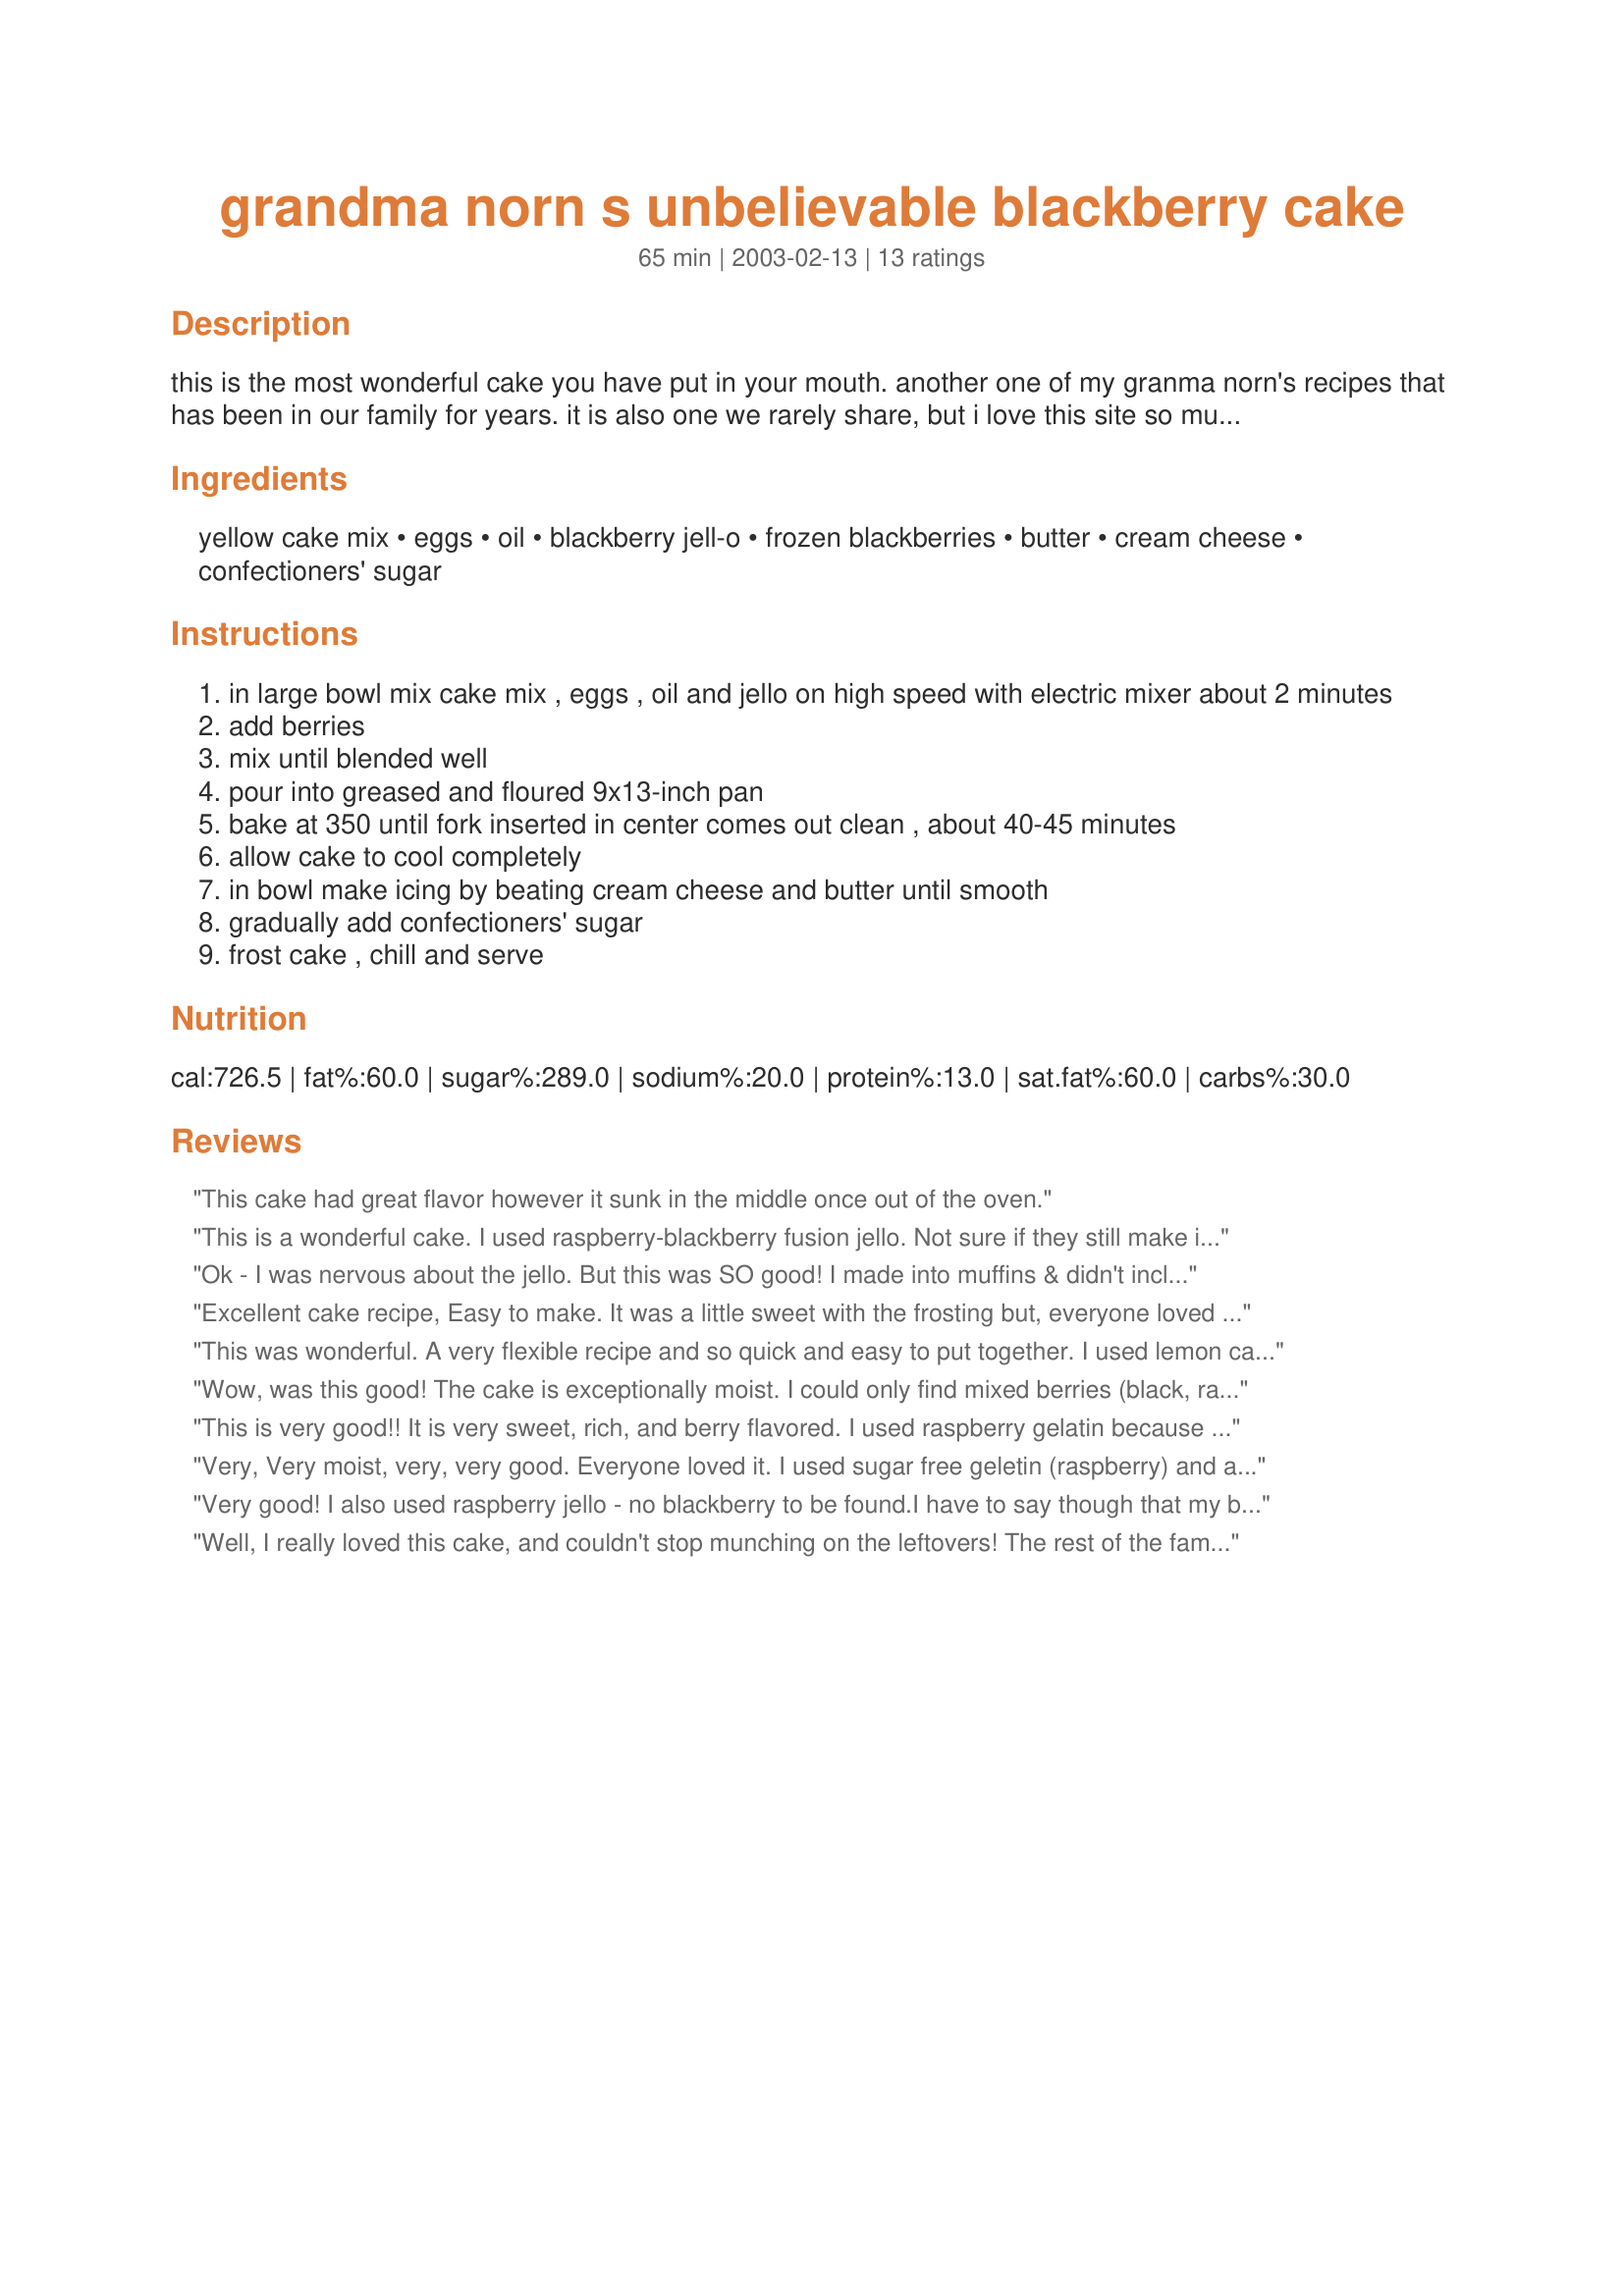
grandma norn s unbelievable blackberry cake
Preparation time: 65 minutes

this is the most wonderful cake you have put in your mouth. another one of my granma norn's recipes that has been in our family for years. it is also one we rarely share, but i love this site so much and have gotten so many wonderful recipes, i decided to give you great cooks something you will truly enjoy and get many, many compliments from. let me know how you like it.

Ingredients:
yellow cake mix, eggs, oil, blackberry jell-o, frozen blackberries, butter, cream cheese, confectioners' sugar

Steps:
in large bowl mix cake mix , eggs , oil and jello on high speed with electric mixer about 2 minutes
add berries
mix until blended well
pour into greased and floured 9x13-inch pan
bake at 350 until fork inserted in center comes out clean , about 40-45 minutes
allow cake to cool completely
in bowl make icing by beating cream cheese and butter until smooth
gradually add confectioners' sugar
frost cake , chill and serve

Reviews:
This cake had great flavor however it sunk in the middle once out of the oven.
This is a wonderful cake. I used raspberry-blackberry fusion jello. Not sure if they still make it..Also I added a little Raspberry syrup to the cream cheese frosting. This is one recipe I will definately make again, but I think I will use a little more cream chese in the frosting. it was a little soft.
Ok - I was nervous about the jello. But this was SO good! I made into muffins & didn't include the icing, as these were for breakfast. Also, I didn't have frozen blackberries, so I just used blackberries canned in juice. Very, very nice recipe. Unique. It sort of reminded me of my favorite raspberry zingers w/o the coconut. I will be making this again & will be trying other flavors as well. Thank you very much for posting!
Excellent cake recipe, Easy to make. It was a little sweet with the frosting but, everyone loved it. Next time going without frosting and maybe try cool whip on the side..
This was wonderful. A very flexible recipe and so quick and easy to put together. I used lemon cake mix with strawberry Jell-o and 4 cups of fresh blackberries. I was not in the mood for a frosted cake so I mixed 1/4 cup of sliced almonds, 1/3 cup sugar and 1 Tbs melted butter, sprinkled that on top of the cake just before baking and it give it a wonderful crunch topping. Kudos to Grandma Norn. Thanks Monica!
Wow, was this good! The cake is exceptionally moist. I could only find mixed berries (black, rasp,and strawberries) so I used those. I think I would leave out the strawberries next time because they got kind of soggy and "wet" looking in the cake (still tasted great, though). I also couldn't find the blackberry jello so used raspberry. The cake is a beautiful color with the jello and I was thinking it would make a great 4th of July cake decorated with berries to look like a flag. This is a keeper!
This is very good!! It is very sweet, rich, and berry flavored. I used raspberry gelatin because I couldn't find blackberry. Also, I added 1 tsp. vanilla to the cream cheese/ butter mixture, before adding the powdered sugar. Next time, I will use my heavy-duty stand mixer to mix the cake batter. The batter was VERY thick and my hand mixer started to overheat. If you like berries, this cake is for you. My family loved it. Thank you for sharing.
Very, Very moist, very, very good. Everyone loved it. I used sugar free geletin (raspberry) and added 1 cup of fresh strawberries with the fresh blackberries. Definately a keeper.
Very good! I also used raspberry jello - no blackberry to be found.I have to say though that my baking time was closer to an hour than 45 minutes - took a while to get the center cooked. As for the frosting, I didn't add the full two cups of powered sugar. I didn't want it too sweet, so I went by taste and added a little at a time till I was satisfied. At any rate, we all liked it very much - especially my daughter - and it was so easy that I'm sure I'll be making this again. Thanks!
Well, I really loved this cake, and couldn't stop munching on the leftovers! The rest of the family was more neutral - I can only surmise they were still still full from the big dinner we had. It was very sweet. It was fun, also, as not one person could guess the "secret ingredient."

I made it using fresh blackberries, and raspberry Jell-o. (A call to the Jell-o people told me that they do not make blackberry flavor.) I also added some freshly grated lemon rind to the frosting for more tang. The cake was very easy. The only thing I didn't like was that my frosting was soft, (lost it's thixotropicity?) so I would probably read up on this if I make it again. Thanks for the fun recipe!
YUM!!! This cake is to die for! I only had 1 box of jello, so I only added half a bag of the blackberries. I really had to wonder if it was goign to bake up right when I was adding those frozen berries, but it turned out beautiful! I used cool whip for the frosting, next time I will use the cream cheese. A perfect summer dessert!!!!! I would imagine you could use any type of berry and it would work just fine!
Thank you for sharing your Grammas secret recipe!
Would give this more stars if I could. Took this to a family picnic, nothing left to bring home! So wonderfully moist. Had to use the red raspberry jello, but will continue to look for the blackberry flavor. I put some Watkins Red Raspberry flavoring in the frosting --really woke it up! Thanks for this summery delight cake!
This WAS unbelievably good! I used yellow cake mix, Blackberry Fusion and Raspberry jello (cause that's what was in my pantry!) along with a 12-oz package of frozen blackberries and four large, fresh strawberries. The recipe yielded 12 cupcakes (about 20 min.) and a large loaf (about 35 min.). A couple of things that I was unsure about in the recipe: the fruit was to be "unthawed" but that didn't make sense, so I thawed them by running warm water over the bag. Also, I wasn't sure if I was supposed to use my electric mixer to blend the fruit in the batter or just stir them in...but I did use the mixer and it turned out GREAT. Thanks for the delicious recipe!
